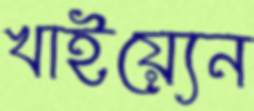
খাইয়্যেন